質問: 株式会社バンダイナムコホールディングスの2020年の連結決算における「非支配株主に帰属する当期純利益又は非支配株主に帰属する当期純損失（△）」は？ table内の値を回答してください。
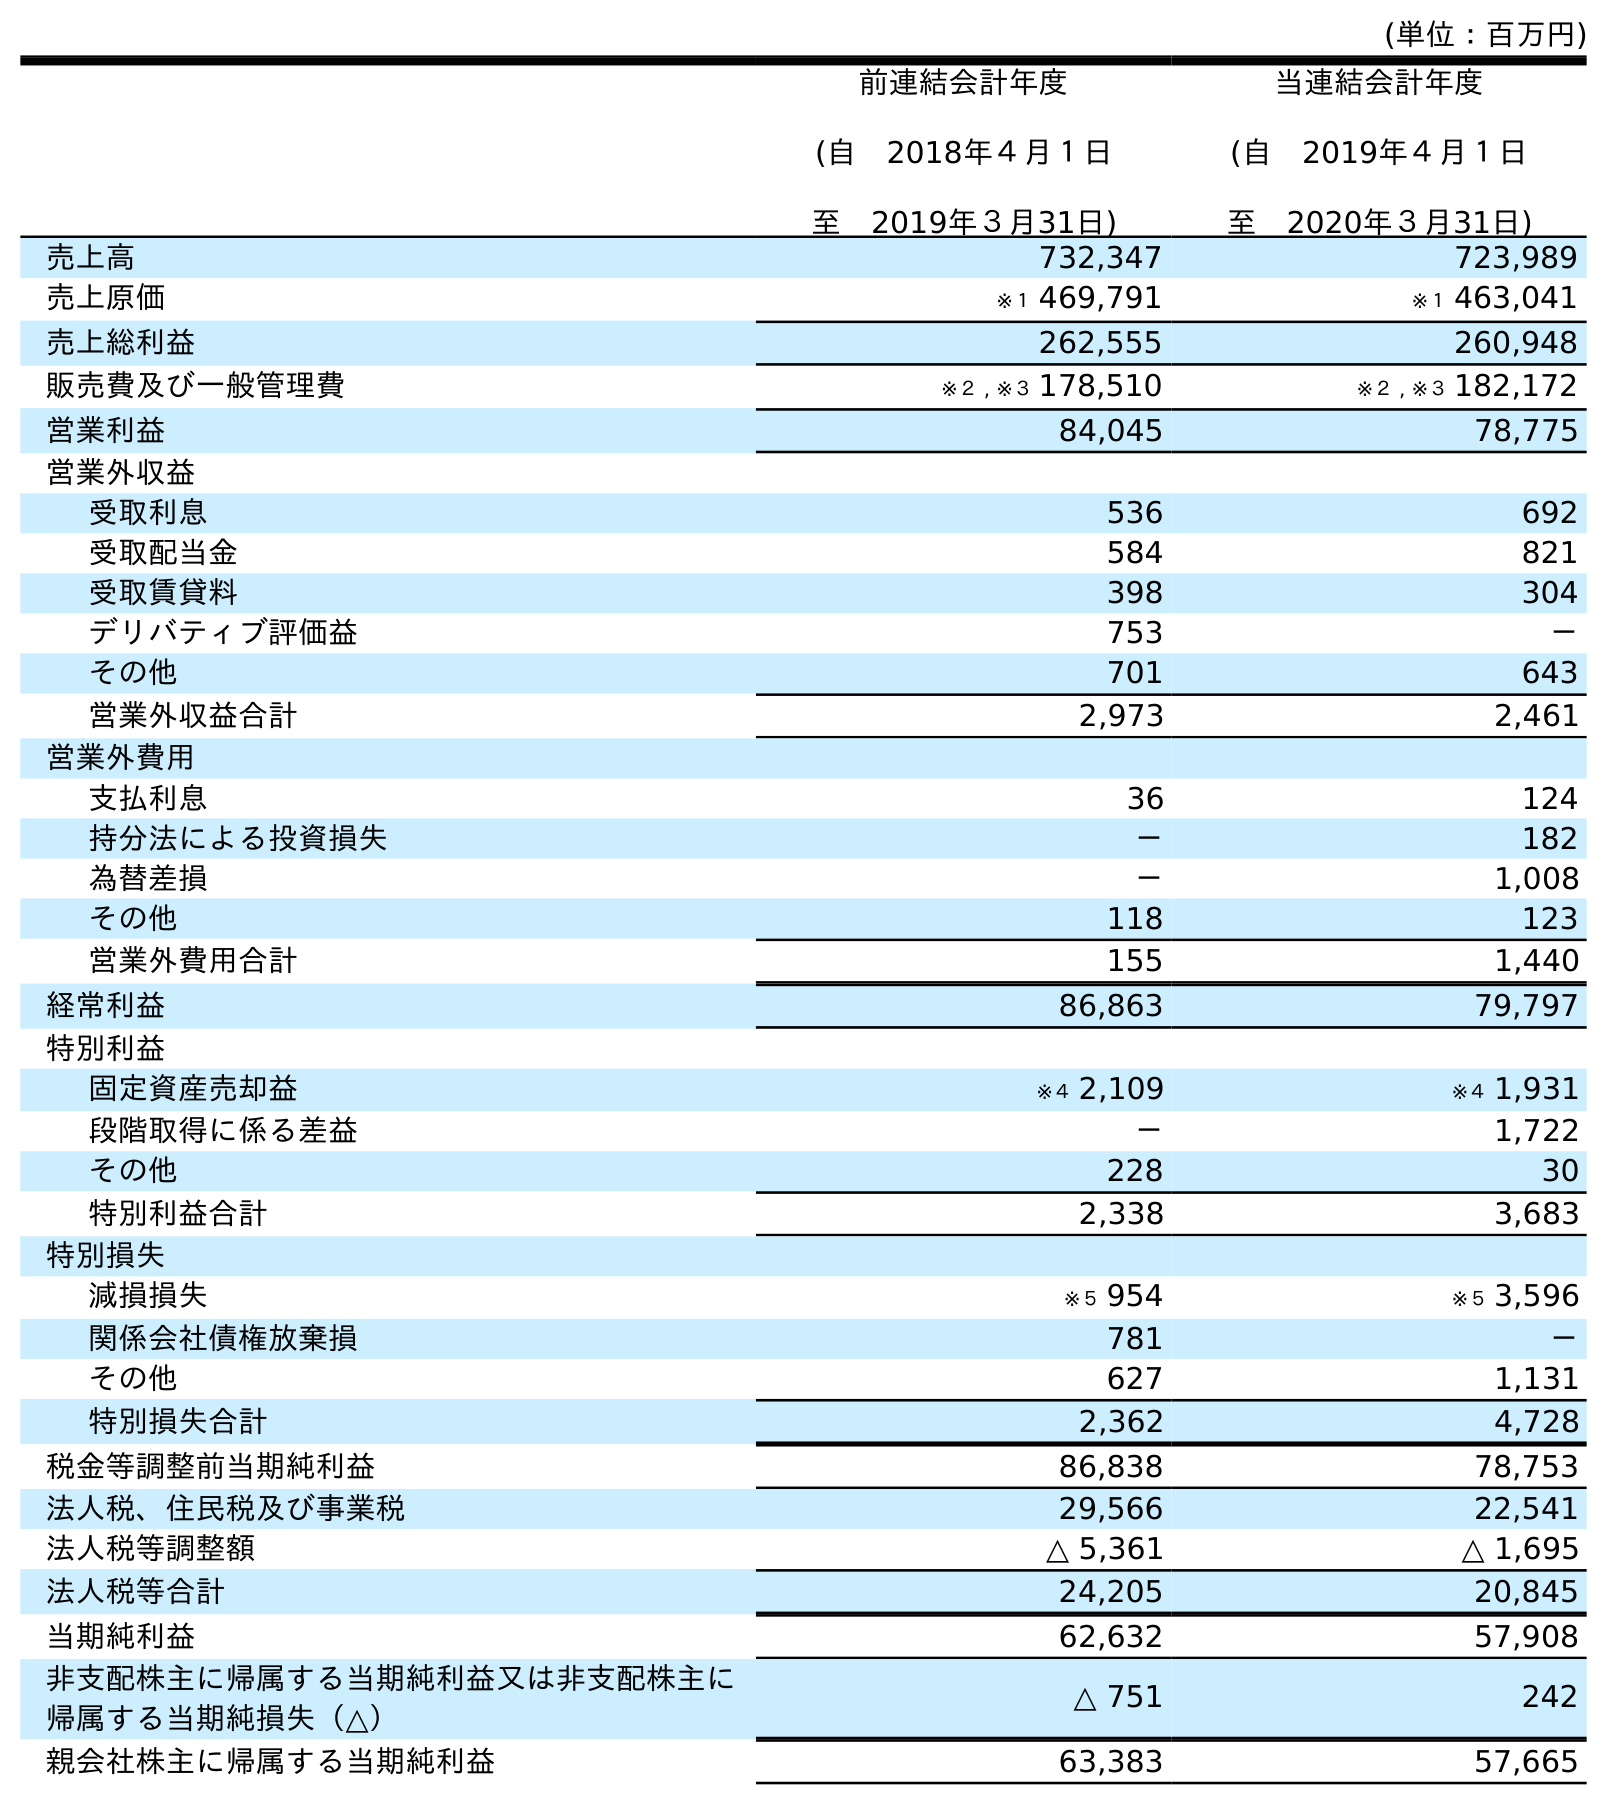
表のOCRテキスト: (単位：百万円) 前連結会計年度 (自 2018年４月１日 至 2019年３月31日) 当連結会計年度 (自 2019年４月１日 至 2020年３月31日) 売上高 732,347 723,989 売上原価 ※１ 469,791 ※１ 463,041 売上総利益 262,555 260,948 販売費及び一般管理費 ※２ , ※３ 178,510 ※２ , ※３ 182,172 営業利益 84,045 78,775 営業外収益 受取利息 536 692 受取配当金 584 821 受取賃貸料 398 304 デリバティブ評価益 753 － その他 701 643 営業外収益合計 2,973 2,461 営業外費用 支払利息 36 124 持分法による投資損失 － 182 為替差損 － 1,008 その他 118 123 営業外費用合計 155 1,440 経常利益 86,863 79,797 特別利益 固定資産売却益 ※４ 2,109 ※４ 1,931 段階取得に係る差益 － 1,722 その他 228 30 特別利益合計 2,338 3,683 特別損失 減損損失 ※５ 954 ※５ 3,596 関係会社債権放棄損 781 － その他 627 1,131 特別損失合計 2,362 4,728 税金等調整前当期純利益 86,838 78,753 法人税、住民税及び事業税 29,566 22,541 法人税等調整額 △ 5,361 △ 1,695 法人税等合計 24,205 20,845 当期純利益 62,632 57,908 非支配株主に帰属する当期純利益又は非支配株主に 帰属する当期純損失（△） △ 751 242 親会社株主に帰属する当期純利益 63,383 57,665
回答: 242